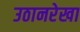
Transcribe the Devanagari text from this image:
उठानरेखा